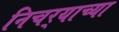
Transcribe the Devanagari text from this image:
निचर्‍याच्या